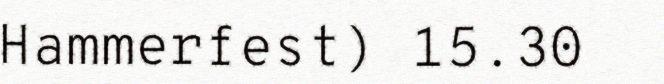
Hammerfest) 15.30